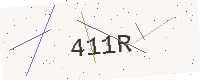
Text: 411R